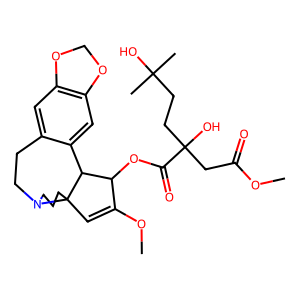
SMILES: COC(=O)CC(O)(CCC(C)(C)O)C(=O)OC1C(OC)=CC23CCCN2CCc2cc4c(cc2C13)OCO4
Inhibits HIV replication: No